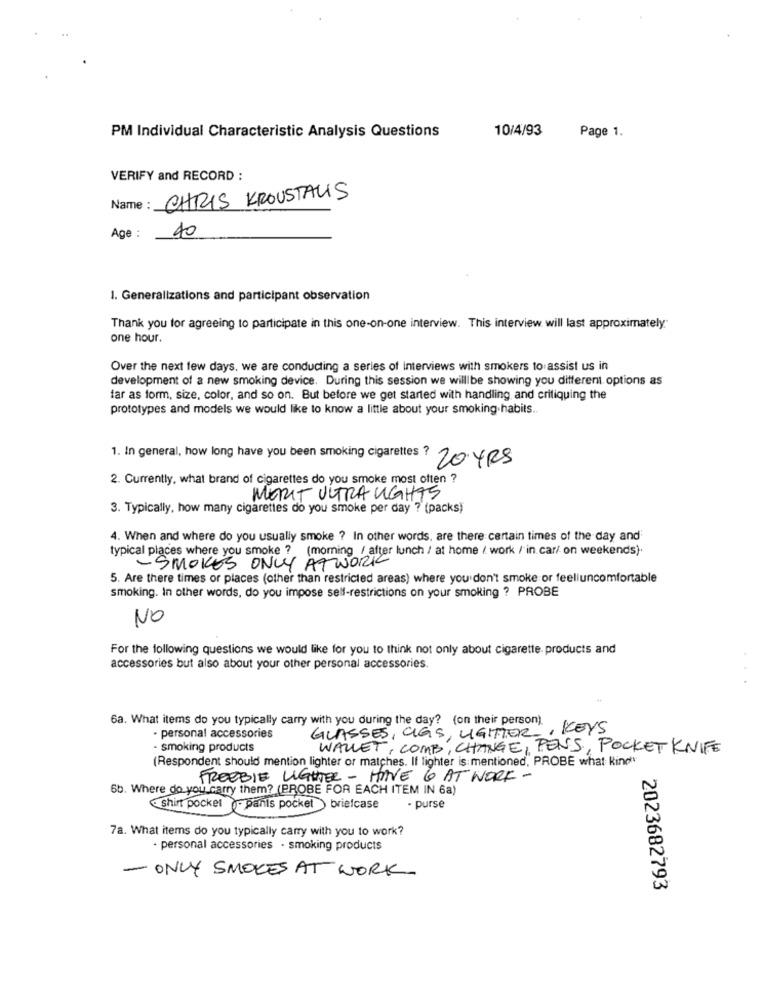
10/4/93
Page 1.
PM Individual Characteristic Analysis Questions
VERIFY and RECORD :
CHRIS KROUSTAUS
Name :
40
Age :
1. Generalizations and participant observation
Thank you for agreeing to participate in this one-on-one interview. This interview will last approximately"
one hour.
Over the next few days, we are conducting a series of interviews with smokers to assist us in
development of a new smoking device. During this session we willibe showing you different options as
far as form, size, color, and so on. But before we get started with handling, and critiquing the
prototypes and models we would like to know a little about your smoking.habits.
1. In general, how long have you been smoking cigarettes ?
20 YRS
2. Currently, what brand of cigarettes do you smoke most often ?
MERIT ULTRA UGHTS
3. Typically, how many cigarettes do you smoke per day ? (packs)
4. When and where do you usually smoke ? In other words, are there certain times of the day and'
typical places where you smoke ? (morning / after lunch / at home / work / in car/ on weekends).
-SMOKES ONLY ATWORK
5. Are there times or places (other than restricted areas) where you don't smoke or feeliuncomfortable
smoking. In other words, do you impose sell-restrictions on your smoking ? PROBE
NO
For the following questions we would like for you to think not only about cigarette. products and
accessories but also about your other personal accessories.
6a. What items do you typically carry with you during the day? (on their person).
GLASSES, CIES, LIGITIER , KEYS
. personal accessories
smoking products
WALLET, COMB, CHANGE, PENS, POCKET KNIFE
(Respondent should mention lighter or matches. If lighter is mentioned, PROBE what Kind"
FREEBIE LIGHTER - HINE 6 AT WORK -
6b. Where do you carry them? (PROBE FOR EACH ITEM IN 6a)
· purse
7a. What items do you typically carry with you to work?
· personal accessories . smoking products
-ONLY SMOKES AT WORK.
2023682793